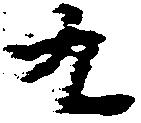
九